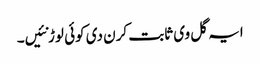
ایہ گل وی ثابت کرن دی کوئی لوڑ نئیں۔